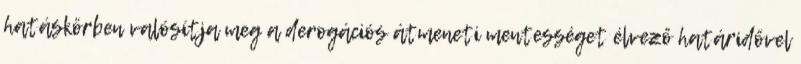
hatáskörben valósítja meg a derogációs átmeneti mentességet élvező határidővel